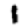
Digit: 1